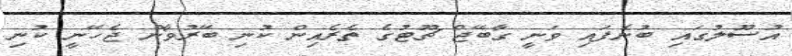
އުސޫލުގައި ބުނެފައި ވަނީ ގާބޭޖް ޗޫޓުގެ ތެރެއިން ކުނި ބޭރުވާން ޖެހޭނީ ކުނި